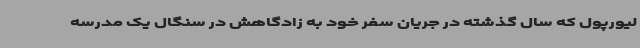
لیورپول که سال گذشته در جریان سفر خود به زادگاهش در سنگال یک مدرسه